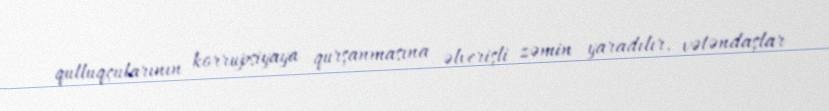
qulluqçularının korrupsiyaya qurşanmasına əlverişli zəmin yaradılır, vətəndaşlar